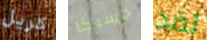
كريل جسيكا لقد